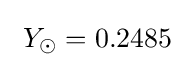
\ Y_{\odot }=0.2485\